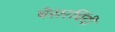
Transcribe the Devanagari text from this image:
बेसरबिंदी